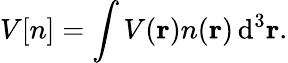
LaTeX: V[n]=\int V(\mathbf{r})n(\mathbf{r})\, \mathrm{d}^{3}\mathbf{r}.